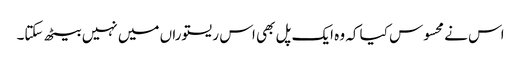
اس نے محسوس کیا کہ وہ ایک پل بھی اس ریستوراں میں نہیں بیٹھ سکتا۔